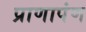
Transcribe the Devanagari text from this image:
प्राणापंण